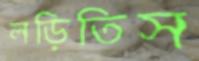
লড়িতিস